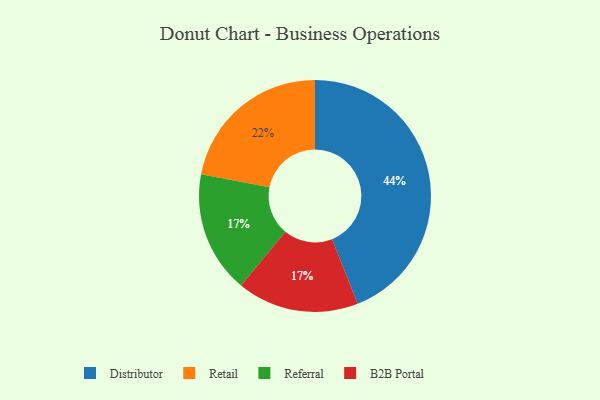
{"axis": {"x": "Category", "y": "Percentage"}, "legend": ["B2B Portal", "Distributor", "Referral", "Retail"], "data": [{"x": "Distributor", "y": 44, "type": "Distributor"}, {"x": "Referral", "y": 17, "type": "Referral"}, {"x": "B2B Portal", "y": 17, "type": "B2B Portal"}, {"x": "Retail", "y": 22, "type": "Retail"}]}